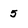
Character: 5